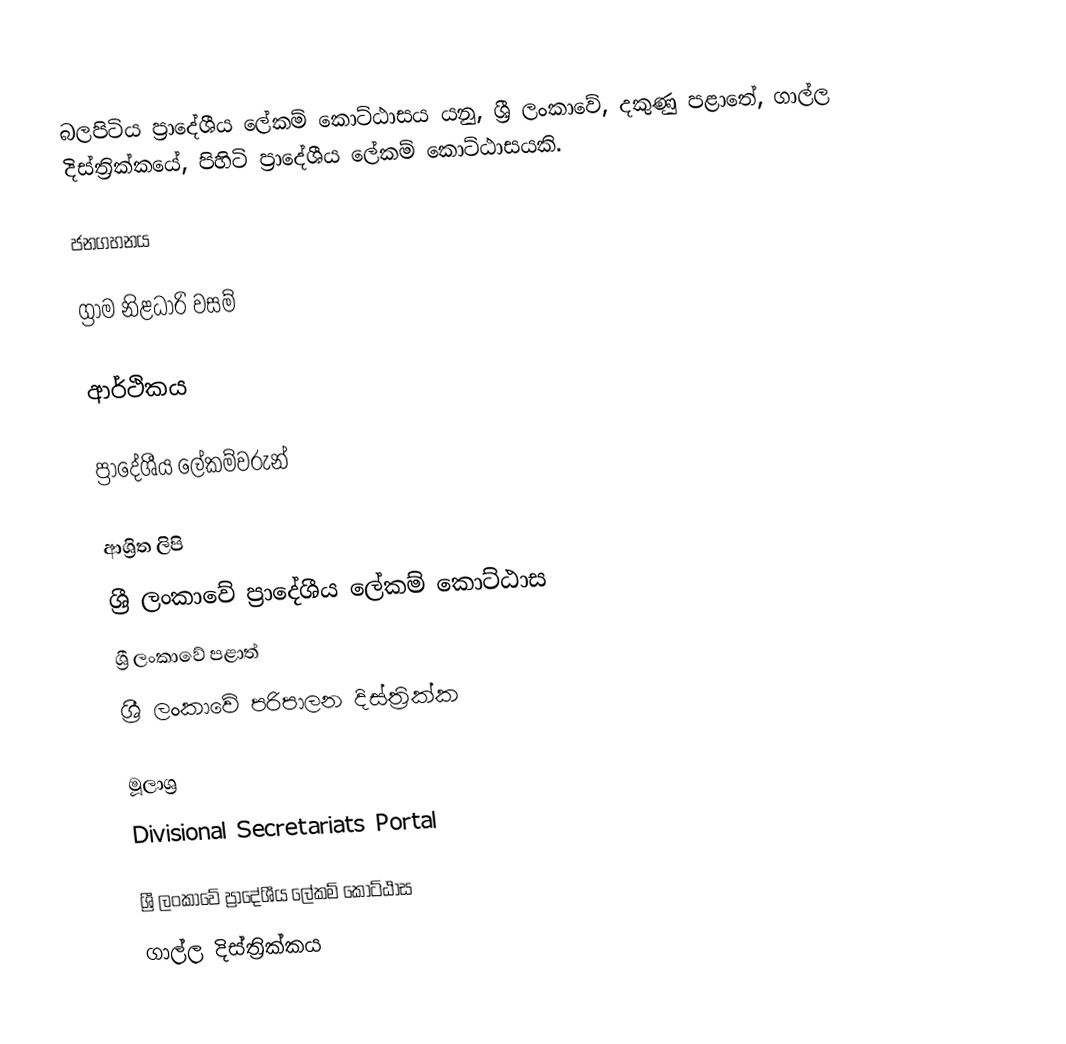
බලපිටිය ප්‍රාදේශීය ලේකම් කොට්ඨාසය යනු,  ශ්‍රී ලංකාවේ, දකුණු පළාතේ,   ගාල්ල දිස්ත්‍රික්කයේ, පිහිටි ප්‍රාදේශීය ලේකම් කොට්ඨාසයකි.

ජනගහනය

ග්‍රාම නිළධාරි වසම්

ආර්ථිකය

ප්‍රාදේශීය ලේකම්වරුන්

ආශ්‍රිත ලිපි
ශ්‍රී ලංකාවේ ප්‍රාදේශීය ලේකම් කොට්ඨාස
ශ්‍රී ලංකාවේ පළාත්
ශ්‍රී ලංකාවේ පරිපාලන දිස්ත්‍රික්ක

මූලාශ්‍ර
 Divisional Secretariats Portal

ශ්‍රී ලංකාවේ ප්‍රාදේශීය ලේකම් කොට්ඨාස
ගාල්ල දිස්ත්‍රික්කය